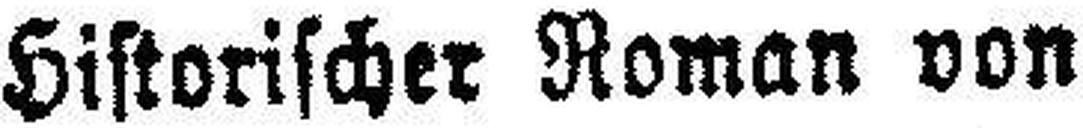
Historischer Roman von